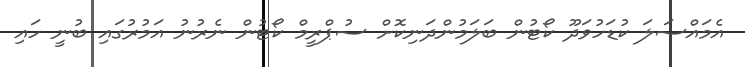
އެމައްސަލަ ކުޑަހުވަދޫ ކޯޓުން ބަލަމުންދަނިކޮށް ސުޕްރީމް ކޯޓުން ނެރުނު އަމުރުގައި ބުނީ ހައި